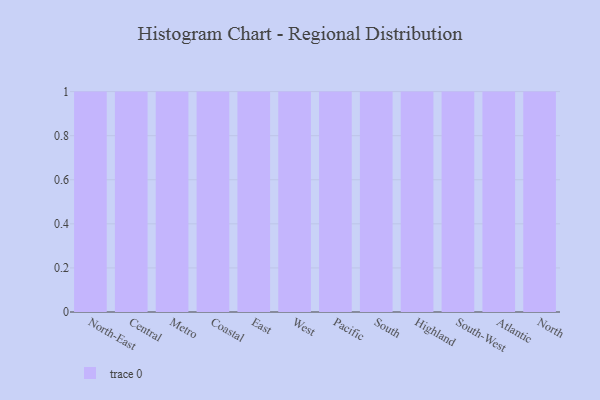
{"axis": {"x": "Region", "y": "Website Visitors"}, "legend": [""], "data": [{"x": "North-East", "y": 6, "type": ""}, {"x": "Central", "y": 34, "type": ""}, {"x": "Metro", "y": 53, "type": ""}, {"x": "Coastal", "y": 1, "type": ""}, {"x": "East", "y": 53, "type": ""}, {"x": "West", "y": 76, "type": ""}, {"x": "Pacific", "y": 20, "type": ""}, {"x": "South", "y": 42, "type": ""}, {"x": "Highland", "y": 25, "type": ""}, {"x": "South-West", "y": 32, "type": ""}, {"x": "Atlantic", "y": 9, "type": ""}, {"x": "North", "y": 91, "type": ""}]}